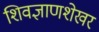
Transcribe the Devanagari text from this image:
शिवज्ञाणशेखर